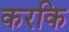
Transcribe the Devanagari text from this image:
करकि